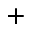
^ +